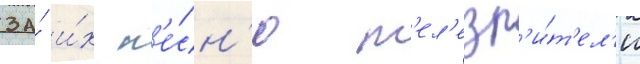
за́ и́х п'е́сн'ю т'ел'езр'и́т'ел'и